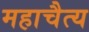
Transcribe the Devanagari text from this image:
महाचैत्‍य